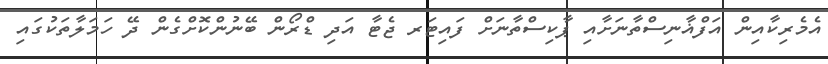
އެމެރިކާއިން އަފްޣާނިސްތާނަށާއި ޕާކިސްތާނަށް ފައިޓަރ ޖެޓާ އަދި ޑްރޯން ބޭނުންކޮށްގެން ދޭ ހަމަލާތަކުގައި